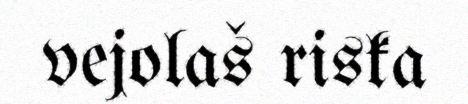
vejolaš riska